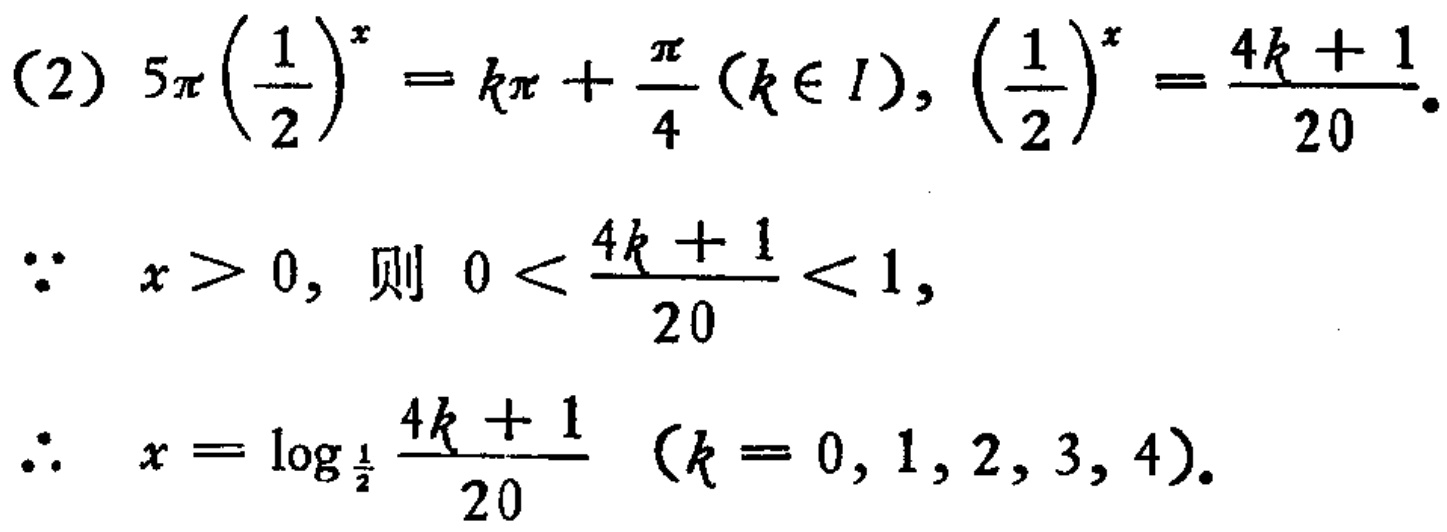
\[
\begin{align*}
&(2)\ 5\pi\left(\frac{1}{2}\right)^x = k\pi+\frac{\pi}{4}(k\in I),\left(\frac{1}{2}\right)^x=\frac{4k + 1}{20}.\\
&\because x>0,\text{ 则 }0<\frac{4k + 1}{20}<1,\\
&\therefore x=\log_{\frac{1}{2}}\frac{4k + 1}{20}\ (k = 0,1,2,3,4).
\end{align*}
\]